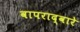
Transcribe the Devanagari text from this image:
वापराद्वारे